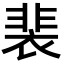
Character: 裴